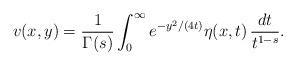
LaTeX: \begin{align*}v(x,y)=\frac{1}{\Gamma(s)}\int_{0}^{\infty}e^{-y^{2}/(4t)}\eta(x,t)\,\frac{dt}{t^{1-s}}.\end{align*}